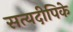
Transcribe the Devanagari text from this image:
सत्यदीपिके